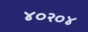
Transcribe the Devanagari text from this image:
४०२०४